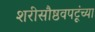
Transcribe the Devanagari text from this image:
शरीसौष्ठवपटूंच्या